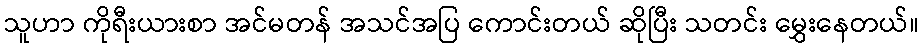
သူဟာ ကိုရီးယားစာ အင်မတန် အသင်အပြ ကောင်းတယ် ဆိုပြီး သတင်း မွှေးနေတယ်။